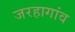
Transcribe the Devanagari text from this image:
जरहागांव